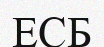
ЕСБ